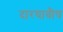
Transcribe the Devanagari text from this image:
दारयावौष